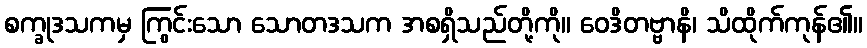
စက္ခုဒသကမှ ကြွင်းသော သောတဒသက အစရှိသည်တို့ကို။ ဝေဒိတဗ္ဗာနိ၊ သိထိုက်ကုန်၏။